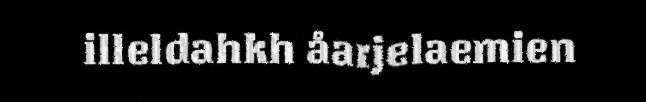
illeldahkh åarjelaemien